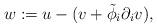
LaTeX: \begin{align*}w:=u-(v+\tilde\phi_i\partial_i v),\end{align*}